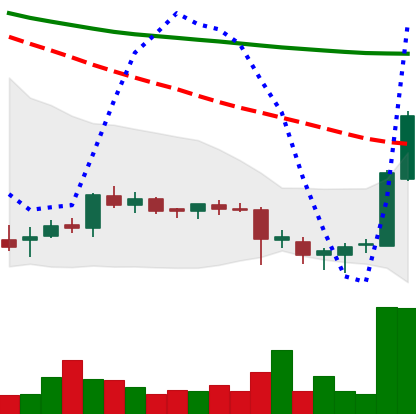
Ticker: DOGE-USD
Chart end date: 2018-07-17
Forward return: 7.125%
Label: up_7plus